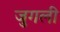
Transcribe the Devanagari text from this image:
जुगली